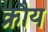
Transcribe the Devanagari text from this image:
क्रौय